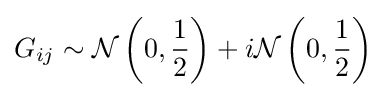
G_{ij}\sim {\mathcal {N}}\left(0,{\frac {1}{2}}\right)+i{\mathcal {N}}\left(0,{\frac {1}{2}}\right)